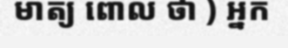
មាត្យ ពោល ថា ) អ្នក